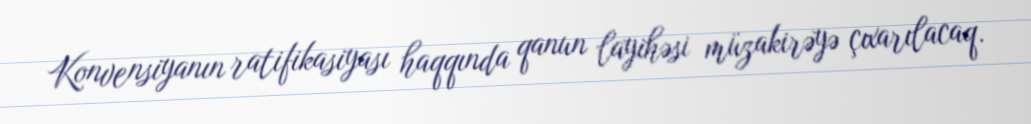
Konvensiyanın ratifikasiyası haqqında qanun layihəsi müzakirəyə çıxarılacaq.